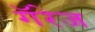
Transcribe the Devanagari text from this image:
गॅरेज